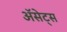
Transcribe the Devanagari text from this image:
ॲसेट्स